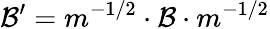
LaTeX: \mathcal{B}^{\prime}=m^{-1/2}\cdot\mathcal{B}\cdot m^{-1/2}